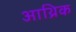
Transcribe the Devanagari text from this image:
आथ्रिक